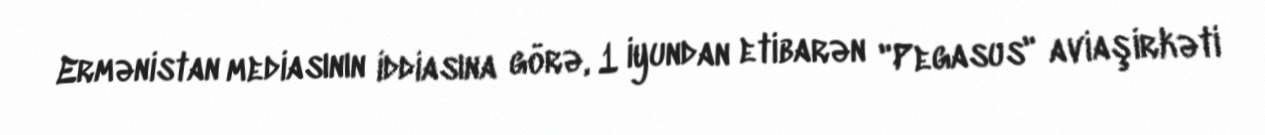
Ermənistan mediasının iddiasına görə, 1 iyundan etibarən "Pegasus" aviaşirkəti